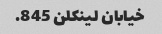
خیابان لینکلن 845.